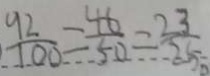
\frac { 9 2 } { 1 0 0 } = \frac { 4 6 } { 5 0 } = \frac { 2 3 } { 2 5 }